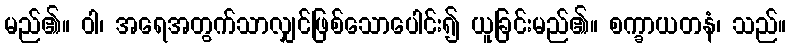
မည်၏။ ဝါ၊ အရေအတွက်သာလျှင်ဖြစ်သောပေါင်း၍ ယူခြင်းမည်၏။ စက္ခာယတနံ၊ သည်။